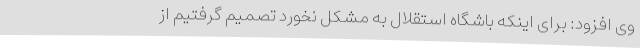
وی افزود: برای اینکه باشگاه استقلال به مشکل نخورد تصمیم گرفتیم از